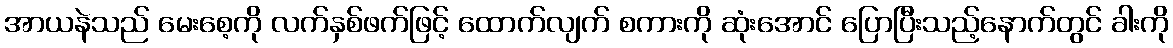
အာယနဲသည် မေးစေ့ကို လက်နှစ်ဖက်ဖြင့် ထောက်လျက် စကားကို ဆုံးအောင် ပြောပြီးသည့်နောက်တွင် ခါးကို